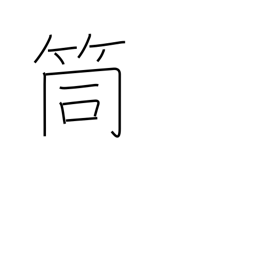
Meaning: pipe